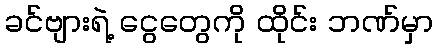
ခင်ဗျားရဲ့ ငွေတွေကို ထိုင်း ဘဏ်မှာ